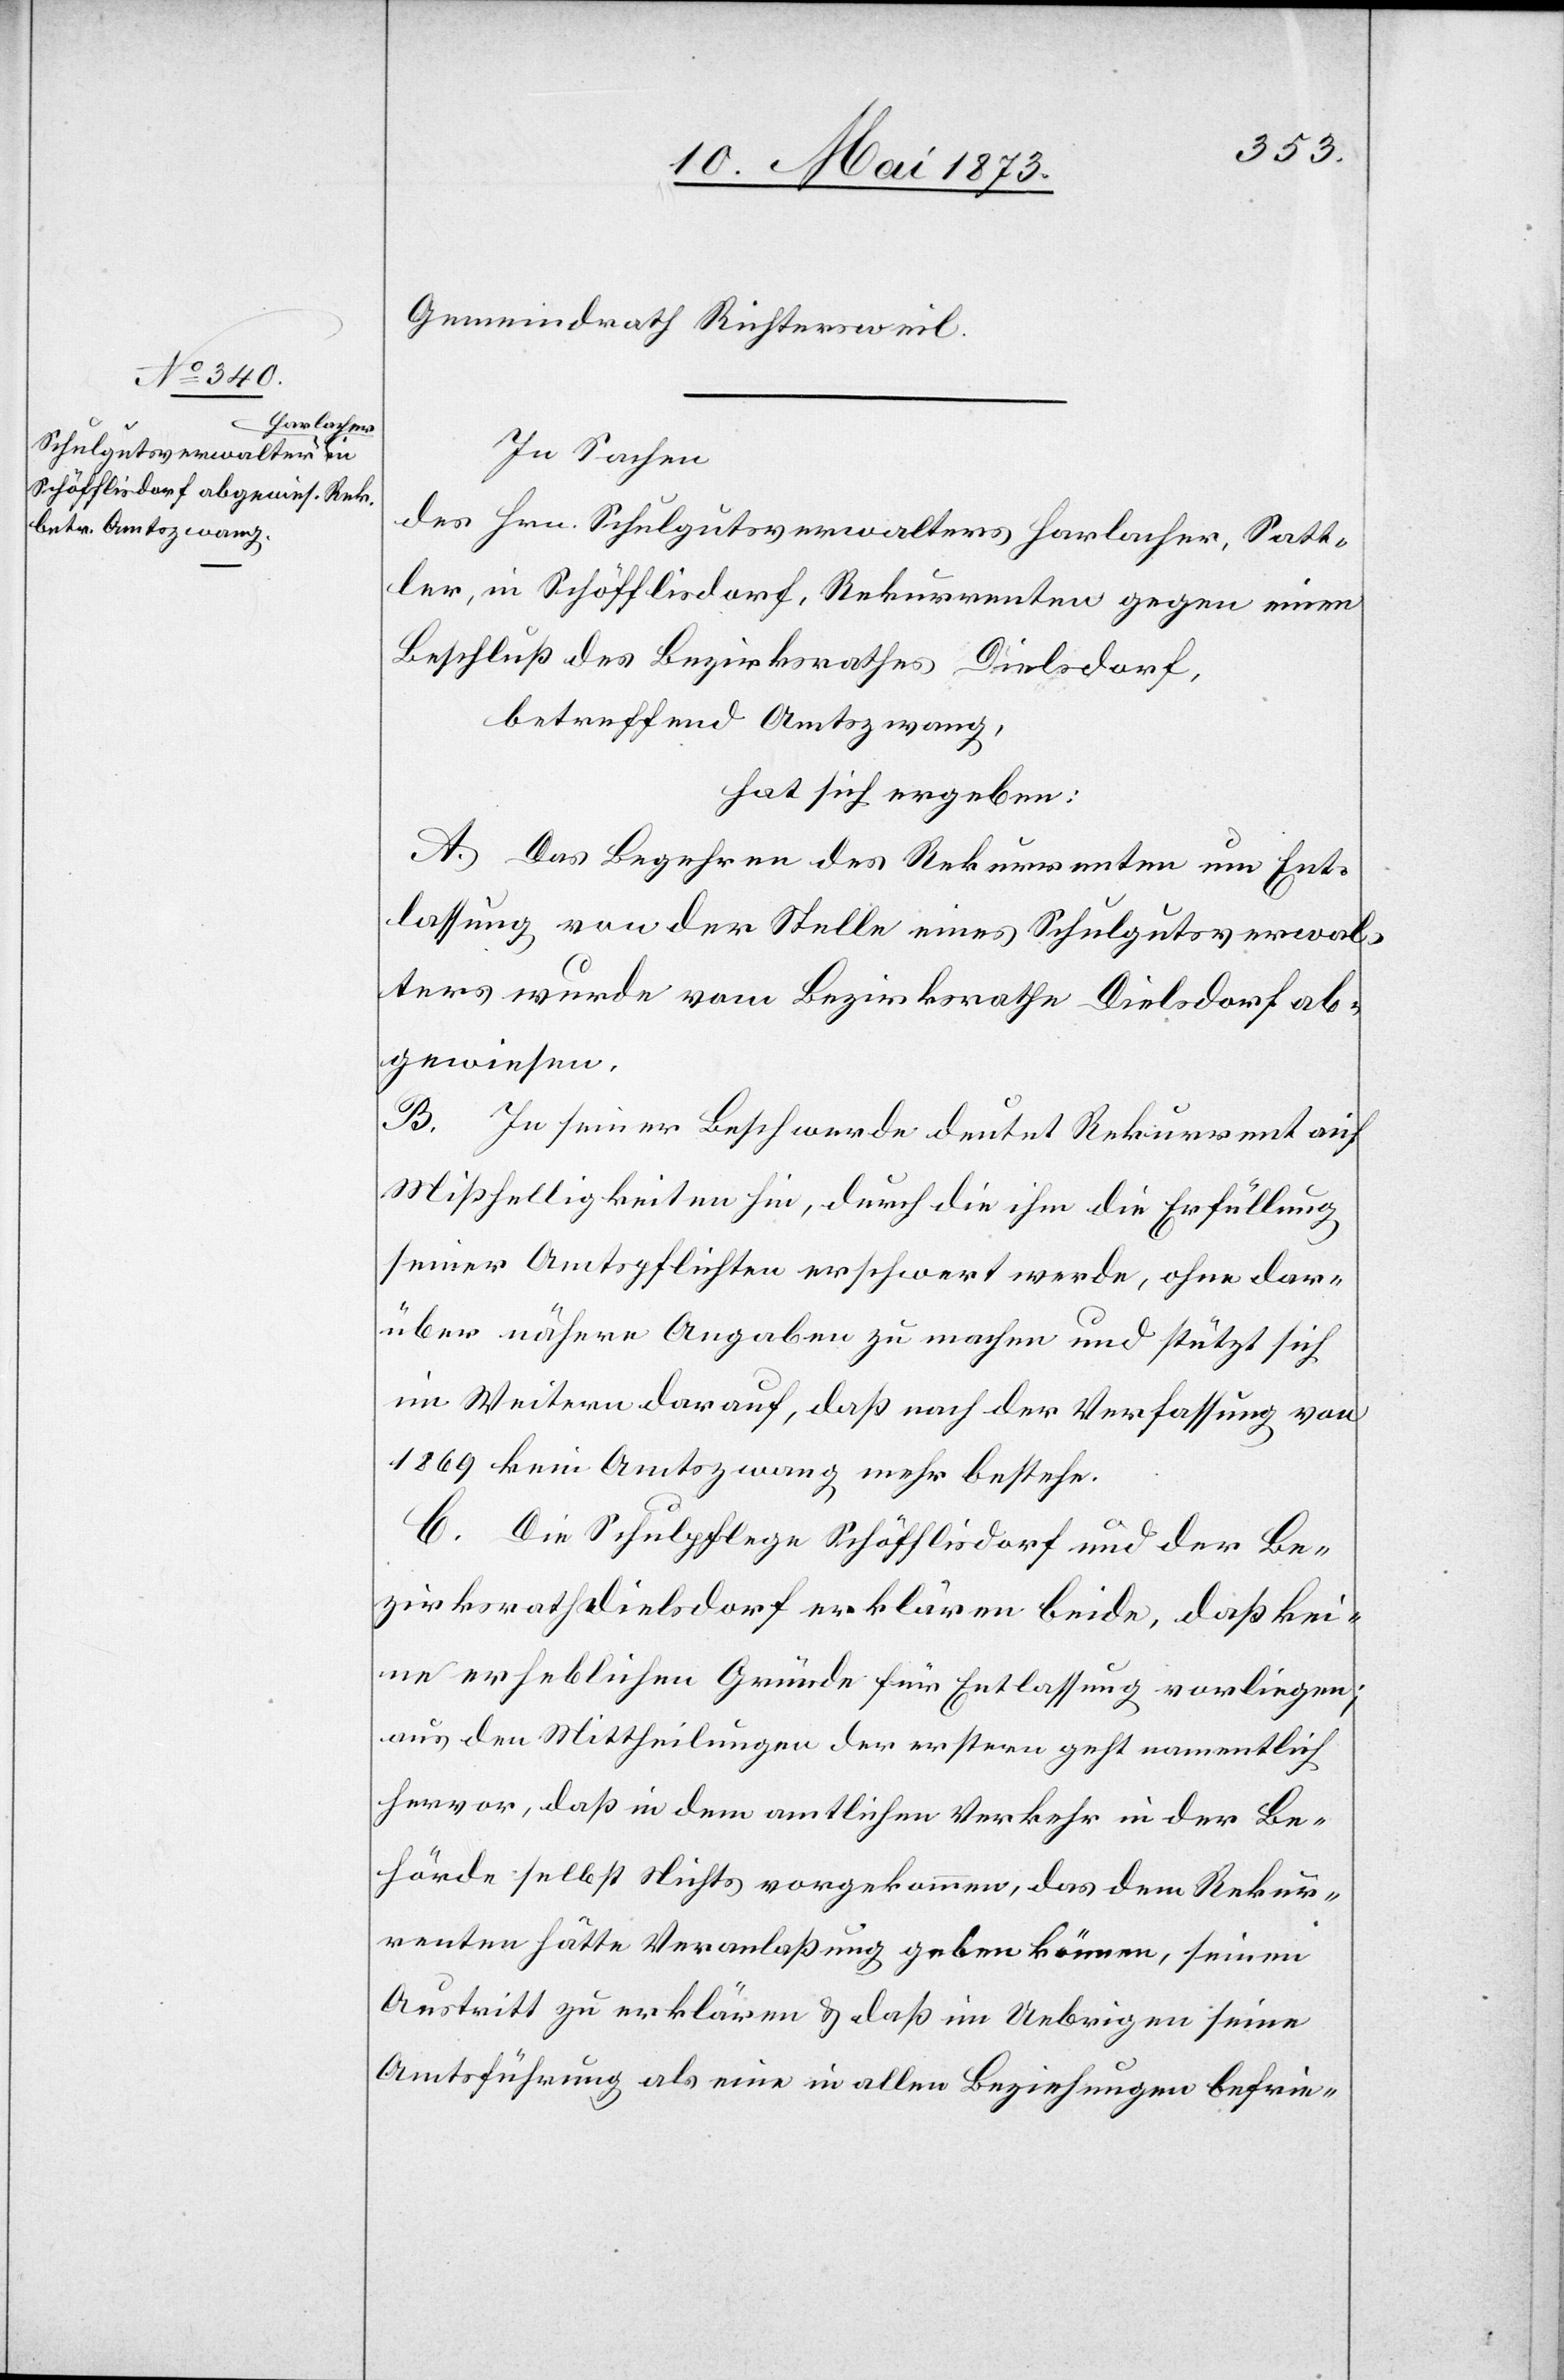
Gemeindrath Richtersweil.
In Sachen
des Hrn. Schulgutsverwalters Harlacher, Satt¬
ler, in Schöfflisdorf, Rekurrenten gegen einen
Beschluß des Bezirksrathes Dielsdorf,
betreffend Amtszwang
hat sich ergeben:
A. Das Begehren des Rekurrenten um Ent¬
lassung von der Stelle eines Schulgutsverwal¬
ters wurde vom Bezirksrathe Dielsdorf ab¬
gewiesen.
B. In seiner Beschwerde deutet Rekurrent auf
Mißhelligkeiten hin, durch die ihm die Erfüllung
seiner Amtspflichten erschwert werde, ohne dar¬
über nähere Angaben zu machen und stützt sich
im Weitern darauf, daß nach der Verfassung von
1869 kein Amtszwang mehr bestehe.
C. Die Schulpflege Schöfflisdorf und der Be¬
zirksrath Dielsdorf erklären beide, daß kei¬
ne erheblichen Gründe für Entlassung vorliegen;
aus den Mittheilungen der erstern geht namentlich
hervor, daß in dem amtlichen Verkehr in der Be¬
hörde selbst Nichts vorgekommen, das dem Rekur¬
renten hätte Veranlaßung geben können, seinen
Austritt zu erklären & daß im Uebrigen seine
Amtsführung als eine in allen Beziehungen befrie-